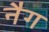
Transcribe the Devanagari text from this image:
नैग